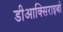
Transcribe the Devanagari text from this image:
डीआक्सिराइबो